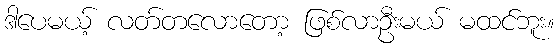
ဒါပေမယ့် လတ်တလောတော့ ဖြစ်လာဦးမယ် မထင်ဘူး။